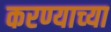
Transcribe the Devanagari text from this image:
करण्‍याच्‍या